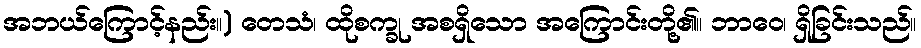
အဘယ်ကြောင့်နည်း။) တေသံ၊ ထိုစက္ခု အစရှိသော အကြောင်းတို့၏။ ဘာဝေ၊ ရှိခြင်းသည်။